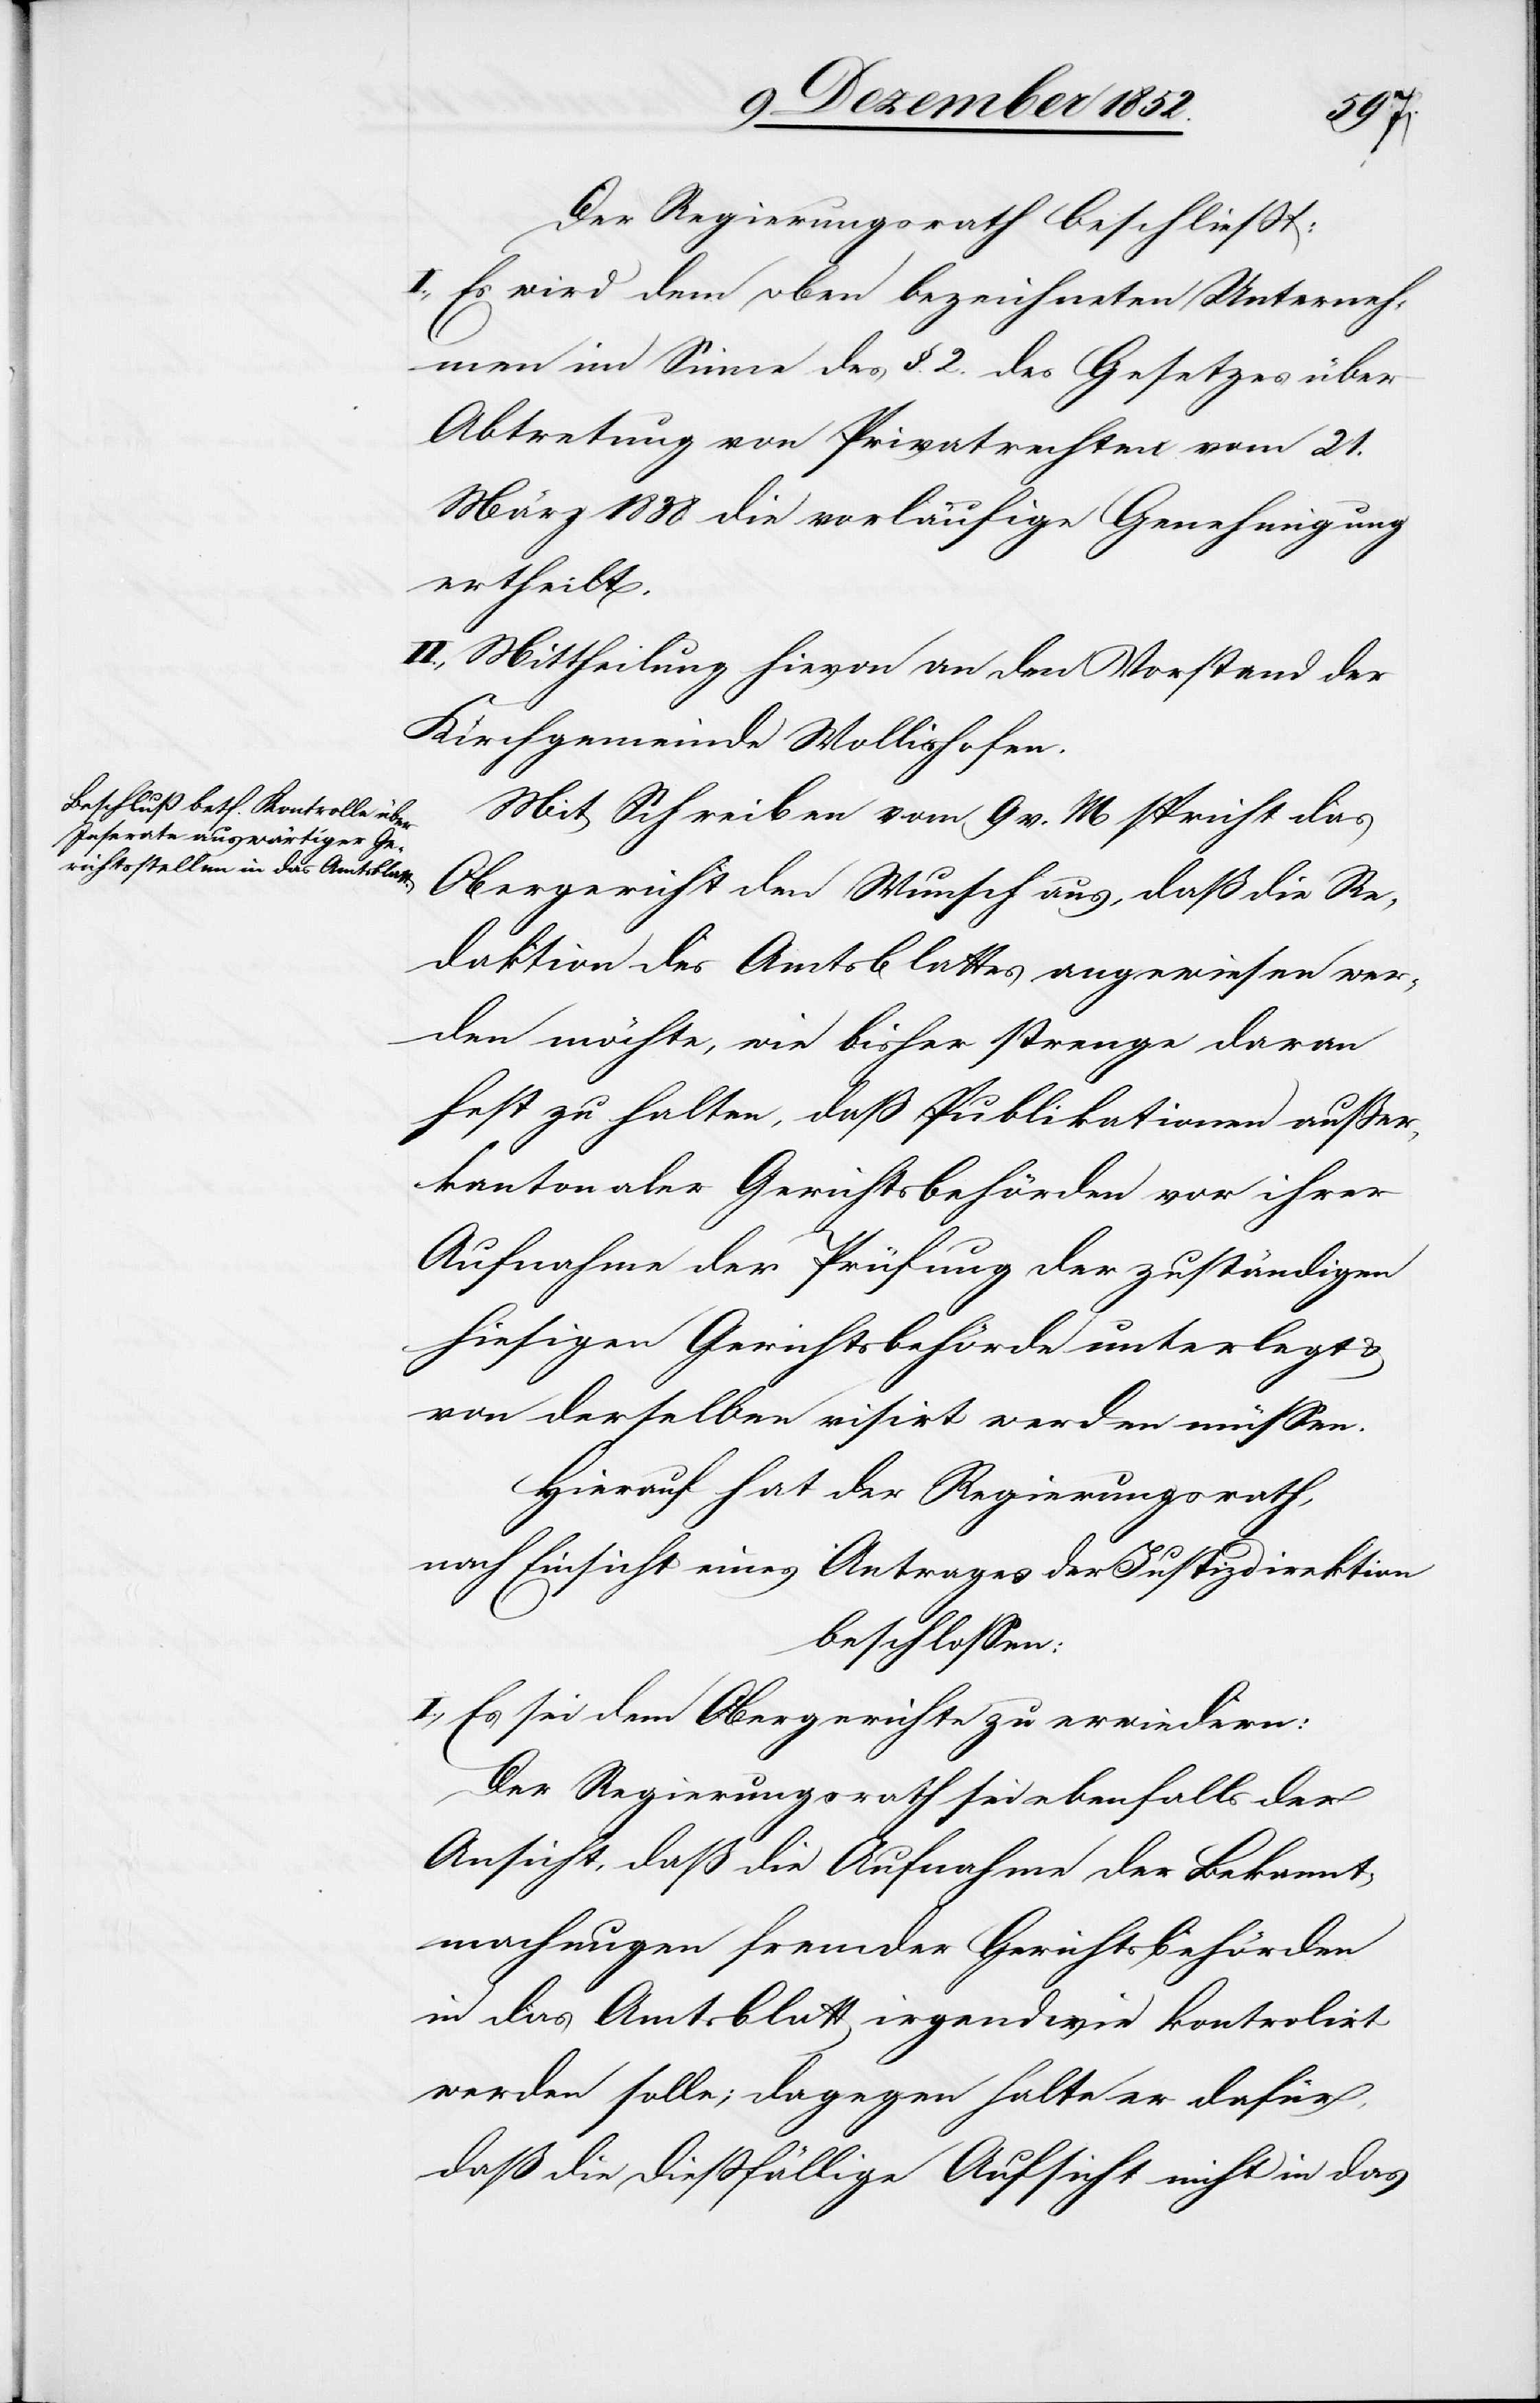
Der Regierungsrath beschließt:
I., Es wird dem oben bezeichneten Unterneh¬
men im Sinne des §. 2. des Gesetzes über
Abtretung von Privatrechten vom 21.
März 1838 die vorläufige Genehmigung
ertheilt.
II., Mittheilung hievon an den Vorstand der
Kirchgemeinde Wollishofen.
Mit Schreiben vom 9 v. M spricht das
Obergericht den Wunsch aus, daß die Re¬
daktion des Amtsblattes angewiesen wer¬
den möchte, wie bisher strenge daran
fest zu halten, daß Publikationen außer¬
kantonaler Gerichtsbehörden vor ihrer
Aufnahme der Prüfung der zuständigen
hiesigen Gerichtsbehörde unterlegt &
von derselben visirt werden müssen.
Hierauf hat der Regierungsrath,
nach Einsicht eines Antrages der Justizdirektion
beschlossen:
I., Es sei dem Obergerichte zu erwiedern:
Der Regierungsrath sei ebenfalls der
Ansicht, daß die Aufnahme der Bekannt¬
machungen fremder Gerichtsbehörden
in das Amtsblatt irgendwie kontrolirt
werden solle; dagegen halte er dafür,
daß die dießfällige Aufsicht nicht in das